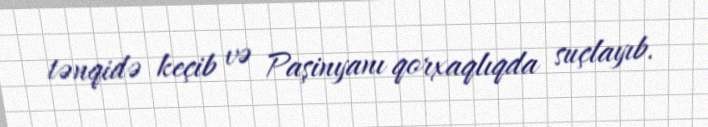
tənqidə keçib və Paşinyanı qorxaqlıqda suçlayıb.